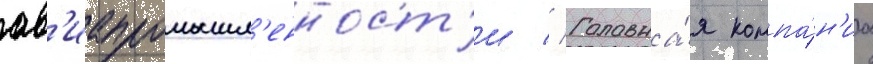
ав'иапромышл'енност'и // Головна́я компа́н'иа